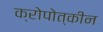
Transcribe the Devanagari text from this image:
क्रोपोत्कीन